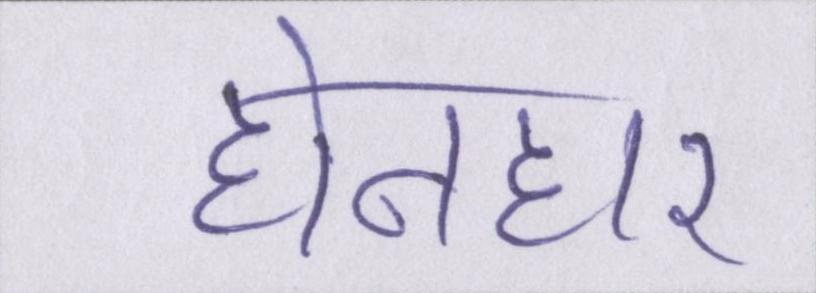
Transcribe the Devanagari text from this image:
होनहार